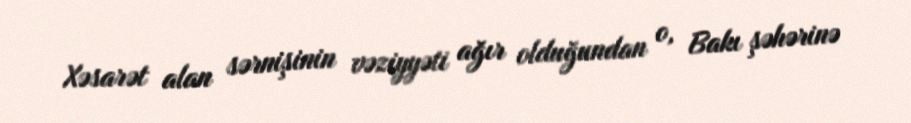
Xəsarət alan sərnişinin vəziyyəti ağır olduğundan o, Bakı şəhərinə